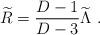
LaTeX: \begin{align*}{\widetilde R}={{D-1}\over{D-3}}{\widetilde\Lambda}~.\end{align*}